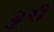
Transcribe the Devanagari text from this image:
ढुरी